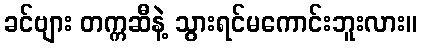
ခင်ဗျား တက္ကဆီနဲ့ သွားရင်မကောင်းဘူးလား။